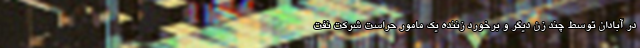
در آبادان توسط چند زن دیگر و برخورد زننده یک مامور حراست شرکت نفت